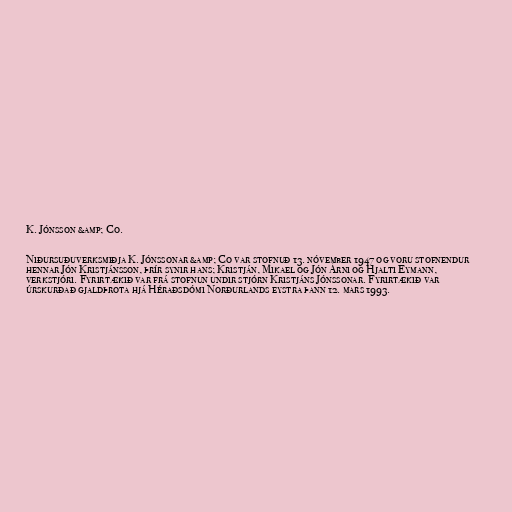
K. Jónsson &amp; Co.

Niðursuðuverksmiðja K. Jónssonar &amp; Co var stofnuð 13. nóvember 1947 og voru stofnendur
hennar Jón Kristjánsson, þrír synir hans; Kristján, Mikael og Jón Árni og Hjalti Eymann,
verkstjóri. Fyrirtækið var frá stofnun undir stjórn Kristjáns Jónssonar. Fyrirtækið var
úrskurðað gjaldþrota hjá Héraðsdómi Norðurlands eystra þann 12. mars 1993.